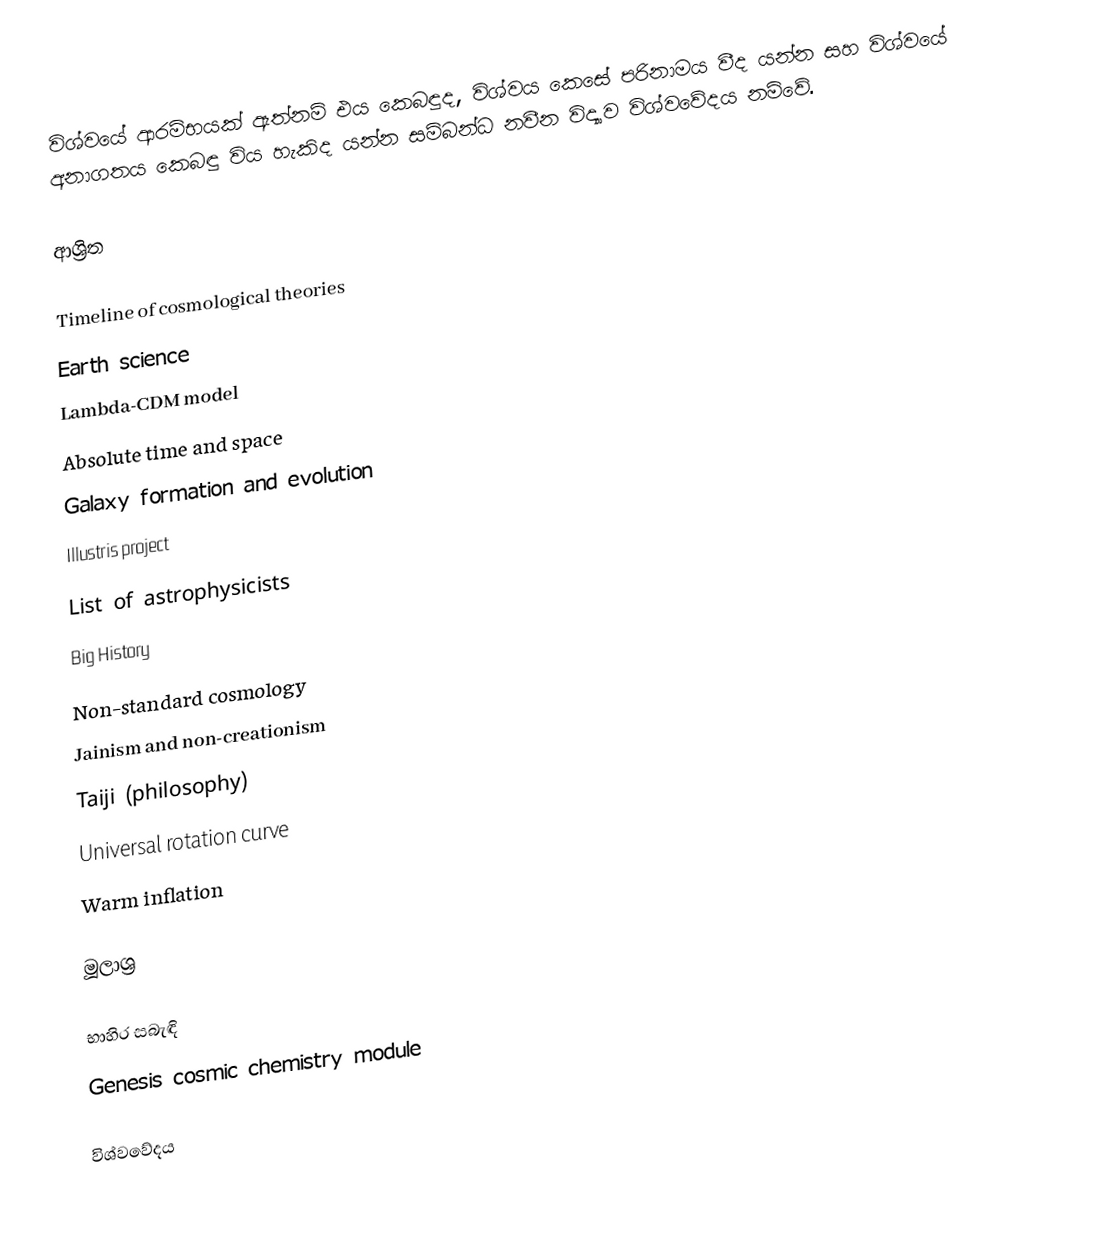
විශ්වයේ ආරම්භයක් ඇත්නම් එය කෙබඳුද, විශ්වය කෙසේ පරිනාමය වීද යන්න සහ විශ්වයේ අනාගතය කෙබඳු විය හැකිද යන්න සම්බන්ධ නවීන විද්‍යාව විශ්වවේදය නම්වේ.

ආශ්‍රිත

 Timeline of cosmological theories
 Earth science
 Lambda-CDM model
 Absolute time and space
 Galaxy formation and evolution
 Illustris project
 List of astrophysicists
 Big History
 Non-standard cosmology
 Jainism and non-creationism
 Taiji (philosophy)
 Universal rotation curve
 Warm inflation

මූලාශ්‍ර

භාහිර සබැඳි
 Genesis cosmic chemistry module

විශ්වවේදය